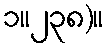
၁။၂၃၈)။